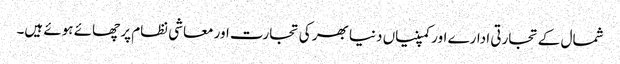
شمال کے تجارتی ادارے اور کمپنیاں دنیا بھر کی تجارت اور معاشی نظام پر چھائے ہوئے ہیں۔